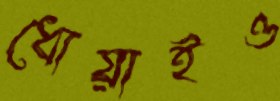
ধোয়াইও